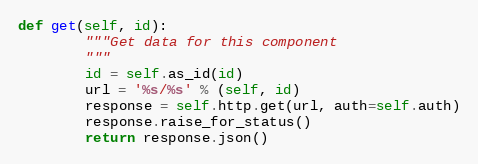
Language: Python
def get(self, id):
        """Get data for this component
        """
        id = self.as_id(id)
        url = '%s/%s' % (self, id)
        response = self.http.get(url, auth=self.auth)
        response.raise_for_status()
        return response.json()